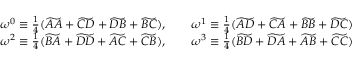
\begin{array} { c c } { \omega ^ { 0 } \equiv \frac { 1 } { 4 } ( \widetilde { A A } + \widetilde { C D } + \widetilde { D B } + \widetilde { B C } ) , \qquad \omega ^ { 1 } \equiv \frac { 1 } { 4 } ( \widetilde { A D } + \widetilde { C A } + \widetilde { B B } + \widetilde { D C } ) } \\ { \omega ^ { 2 } \equiv \frac { 1 } { 4 } ( \widetilde { B A } + \widetilde { D D } + \widetilde { A C } + \widetilde { C B } ) , \qquad \omega ^ { 3 } \equiv \frac { 1 } { 4 } ( \widetilde { B D } + \widetilde { D A } + \widetilde { A B } + \widetilde { C C } ) } \end{array}